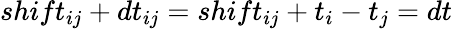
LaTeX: shift_{ij}+dt_{ij}=shift_{ij}+t_{i}-t_{j}=dt